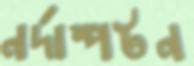
নর্দাম্পটন